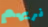
نريهم